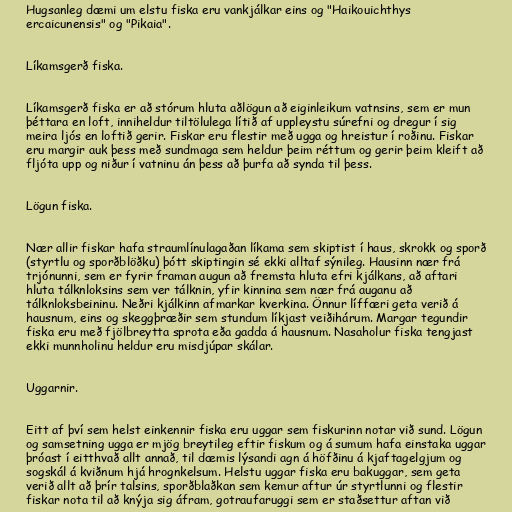
Hugsanleg dæmi um elstu fiska eru vankjálkar eins og "Haikouichthys
ercaicunensis" og "Pikaia".

Líkamsgerð fiska.

Líkamsgerð fiska er að stórum hluta aðlögun að eiginleikum vatnsins, sem er mun
þéttara en loft, inniheldur tiltölulega lítið af uppleystu súrefni og dregur í sig
meira ljós en loftið gerir. Fiskar eru flestir með ugga og hreistur í roðinu. Fiskar
eru margir auk þess með sundmaga sem heldur þeim réttum og gerir þeim kleift að
fljóta upp og niður í vatninu án þess að þurfa að synda til þess.

Lögun fiska.

Nær allir fiskar hafa straumlínulagaðan líkama sem skiptist í haus, skrokk og sporð
(styrtlu og sporðblöðku) þótt skiptingin sé ekki alltaf sýnileg. Hausinn nær frá
trjónunni, sem er fyrir framan augun að fremsta hluta efri kjálkans, að aftari
hluta tálknloksins sem ver tálknin, yfir kinnina sem nær frá auganu að
tálknloksbeininu. Neðri kjálkinn afmarkar kverkina. Önnur líffæri geta verið á
hausnum, eins og skeggþræðir sem stundum líkjast veiðihárum. Margar tegundir
fiska eru með fjölbreytta sprota eða gadda á hausnum. Nasaholur fiska tengjast
ekki munnholinu heldur eru misdjúpar skálar.

Uggarnir.

Eitt af því sem helst einkennir fiska eru uggar sem fiskurinn notar við sund. Lögun
og samsetning ugga er mjög breytileg eftir fiskum og á sumum hafa einstaka uggar
þróast í eitthvað allt annað, til dæmis lýsandi agn á höfðinu á kjaftagelgjum og
sogskál á kviðnum hjá hrognkelsum. Helstu uggar fiska eru bakuggar, sem geta
verið allt að þrír talsins, sporðblaðkan sem kemur aftur úr styrtlunni og flestir
fiskar nota til að knýja sig áfram, gotraufaruggi sem er staðsettur aftan við